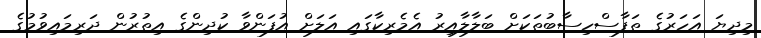
މިދިޔަ އަހަރުގެ ތަފާސްހިސާބުތަކަށް ބަލާލާއިރު އެމެރިކާގައި އަލަަށް އުފަންވާ ކުދިންގެ އިތުރުން ދަރިމައިވުމުގެ